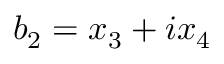
b _ { 2 } = x _ { 3 } + i x _ { 4 }